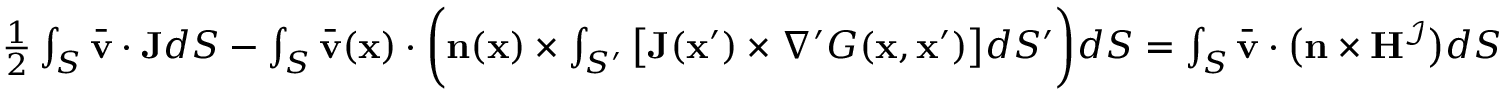
\begin{array} { r } { \frac { 1 } { 2 } \int _ { S } \bar { \mathbf { v } } \cdot \mathbf { J } d S - \int _ { S } \bar { \mathbf { v } } ( \mathbf { x } ) \cdot \bigg ( \mathbf { n } ( \mathbf { x } ) \times \int _ { S ^ { \prime } } \big [ \mathbf { J } ( \mathbf { x } ^ { \prime } ) \times \nabla ^ { \prime } G ( \mathbf { x } , \mathbf { x } ^ { \prime } ) \big ] d S ^ { \prime } \bigg ) d S = \int _ { S } \bar { \mathbf { v } } \cdot \big ( \mathbf { n } \times \mathbf { H } ^ { \mathcal { I } } \big ) d S } \end{array}